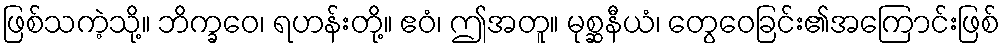
ဖြစ်သကဲ့သို့။ ဘိက္ခဝေ၊ ရဟန်းတို့။ ဧဝံ၊ ဤအတူ။ မုစ္ဆနီယံ၊ တွေဝေခြင်း၏အကြောင်းဖြစ်